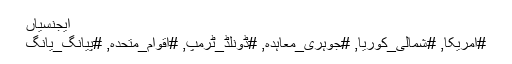
ایجنسیاں
#امریکا, #شمالی_کوریا, #جوہری_معاہدہ, #ڈونلڈ_ٹرمپ, #اقوام_متحدہ, #پیانگ_یانگ